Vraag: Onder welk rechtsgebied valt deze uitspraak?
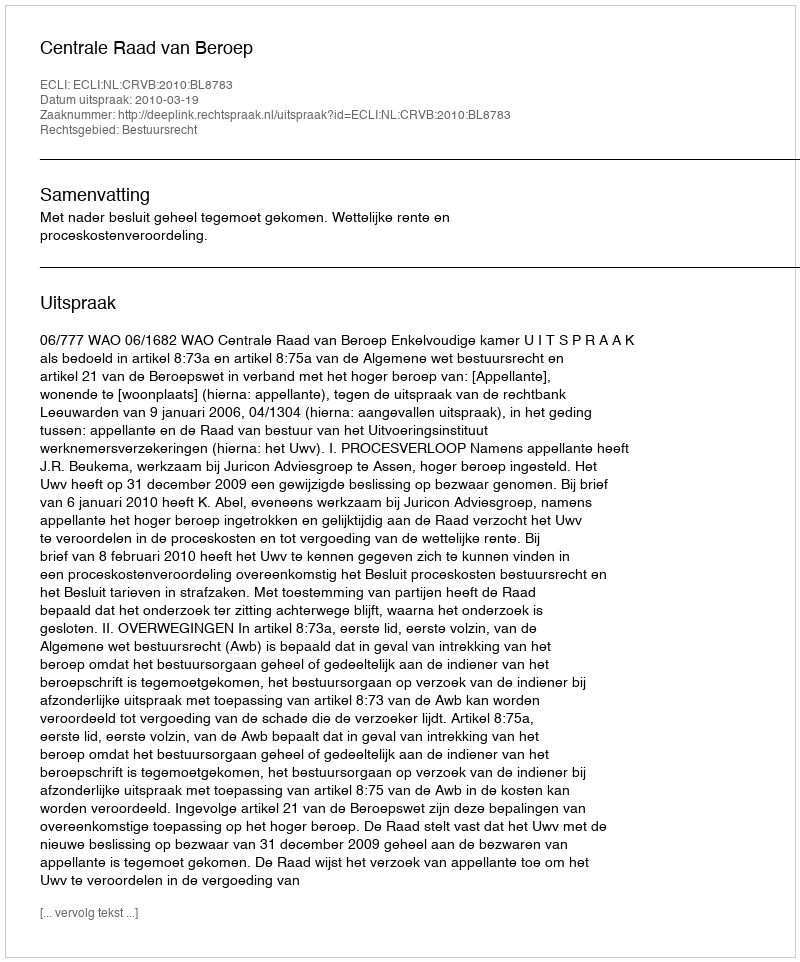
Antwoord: Bestuursrecht